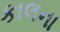
કાલના